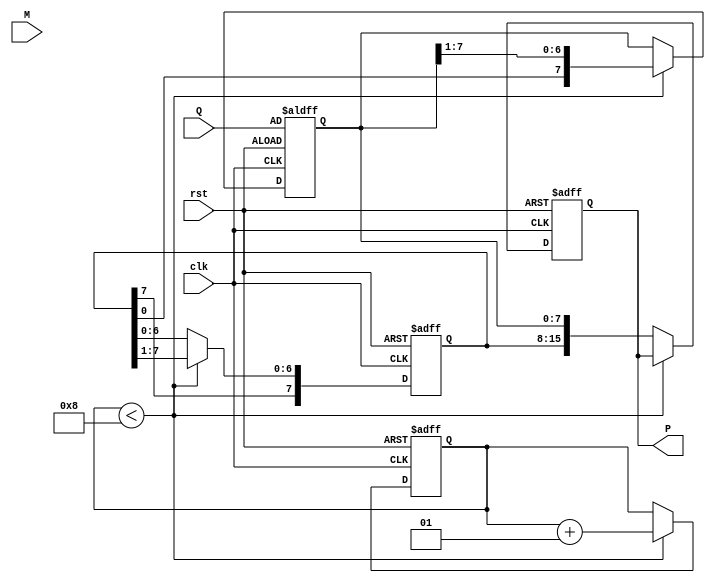
module modified_booth_multiplier #(
    parameter WIDTH = 8  // Bit-width for the inputs
)(
    input signed [WIDTH-1:0] M,          // Multiplicand
    input signed [WIDTH-1:0] Q,          // Multiplier
    input clk,                             // Clock signal
    input rst,                             // Reset signal
    output reg signed [2*WIDTH-1:0] P    // Product output
);

    reg signed [WIDTH-1:0] A;             // Accumulator
    reg [WIDTH-1:0] Q_reg;                 // Multiplier register
    reg Q_1;                               // Previous LSB of Q
    integer count;                         // Counter for iterations

    always @(posedge clk or posedge rst) begin
        if (rst) begin
            A <= 0;
            Q_reg <= Q;
            Q_1 <= 0;
            P <= 0;
            count <= 0;
        end else begin
            if (count < WIDTH) begin
                case ({Q_reg[0], Q_1})
                    2'b00: begin
                        // No operation
                    end
                    2'b01: begin
                        // Add M to A
                        A <= A + M;
                    end
                    2'b10: begin
                        // Subtract M from A
                        A <= A - M;
                    end
                    2'b11: begin
                        // No operation
                    end
                endcase
                
                // Right shift A and Q
                {A, Q_reg} <= {A[WIDTH-1], A, Q_reg} >> 1; // Arithmetic shift for A
                Q_1 <= Q_reg[0]; // Update Q_1 to the previous LSB
                count <= count + 1;
            end else begin
                // Store the result
                P <= {A, Q_reg}; // Combine A and Q_reg for the final product
            end
        end
    end
endmodule